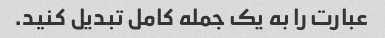
عبارت را به یک جمله کامل تبدیل کنید.